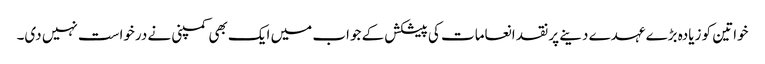
خواتین کو زیادہ بڑے عہدے دینے پر نقد انعامات کی پیشکش کے جواب میں ایک بھی کمپنی نے درخواست نہیں دی۔